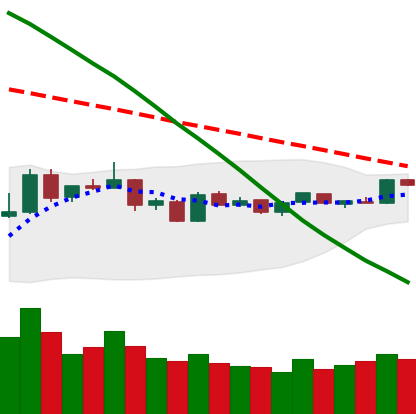
Ticker: BTC-USD
Chart end date: 2019-01-07
Forward return: -9.042%
Label: down_7plus